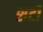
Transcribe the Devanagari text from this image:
शर्टों